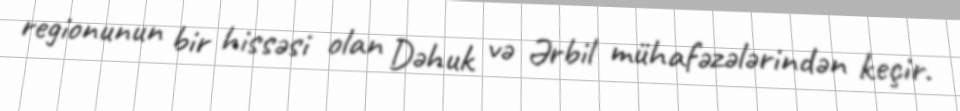
regionunun bir hissəsi olan Dəhuk və Ərbil mühafəzələrindən keçir.